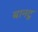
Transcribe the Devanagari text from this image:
बानटू